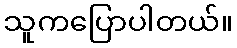
သူကပြောပါတယ်။